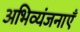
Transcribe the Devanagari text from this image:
अभिव्यंजनाएँ